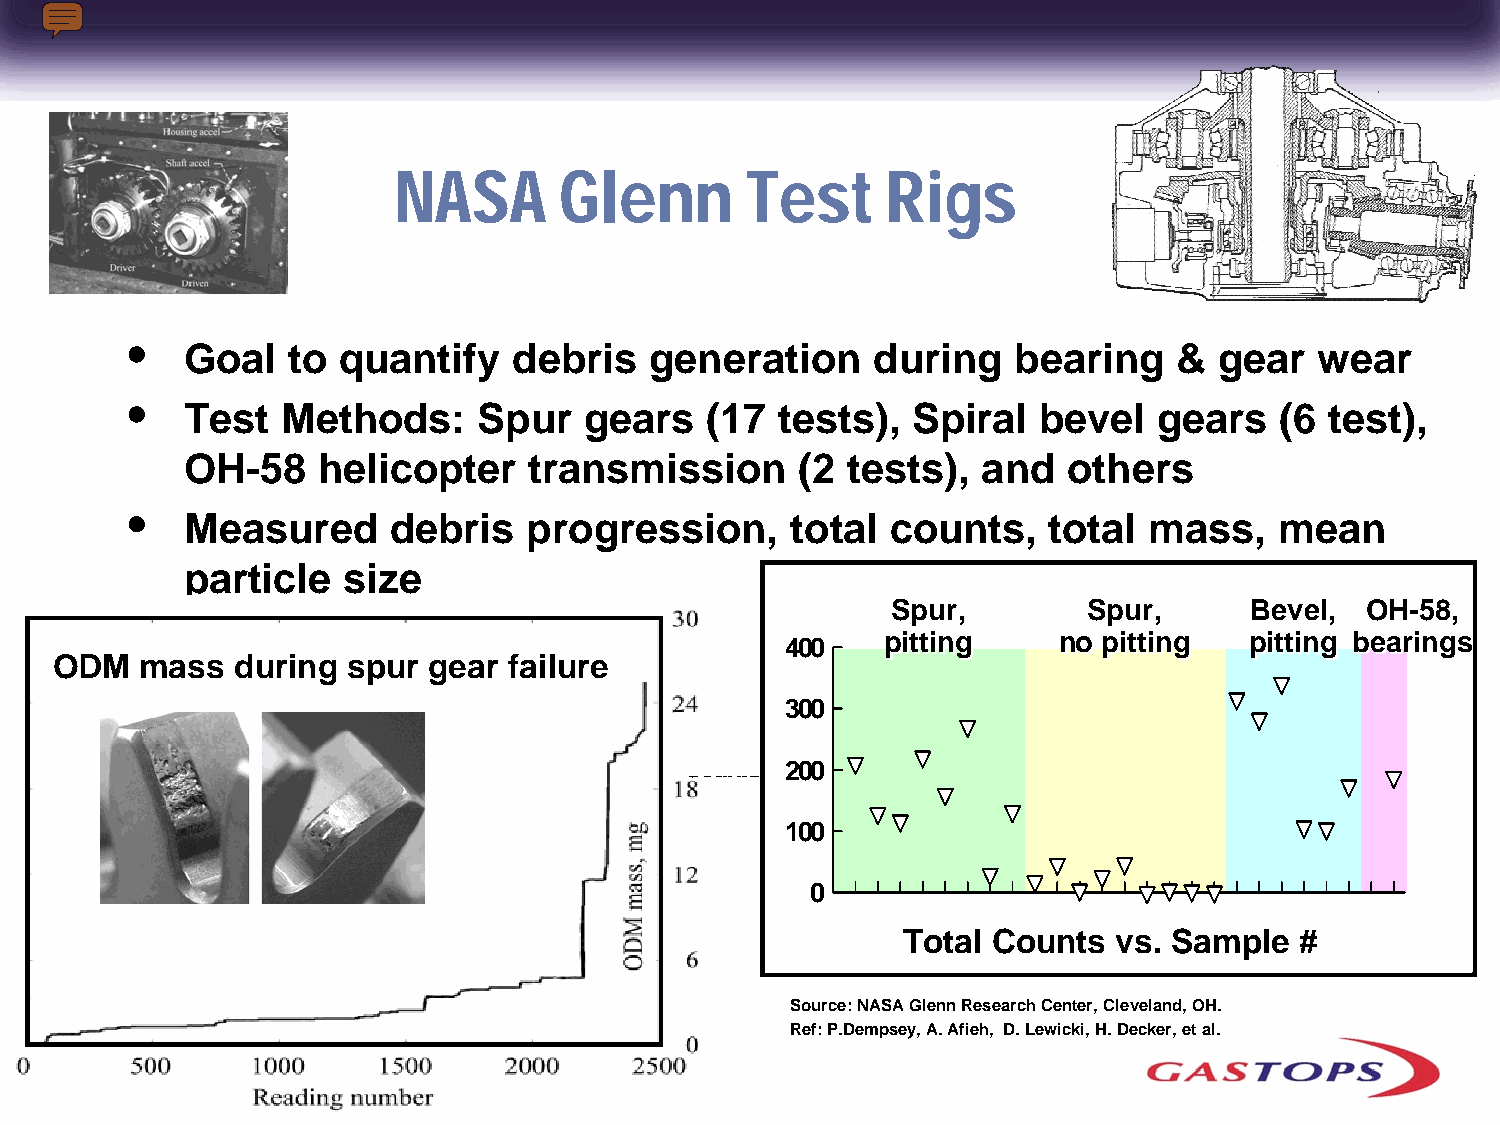
NASA       Glenn       Test      Rigs
 •
 Goal   to quantify    debris   generation     during   bearing    &  gear  wear
 •
 Test   Methods:     Spur   gears   (17 tests),  Spiral   bevel   gears   (6 test),
 OH-58    helicopter    transmission      (2 tests),  and   others
 •
 Measured      debris   progression,     total  counts,   total  mass,    mean
 particle   size
 SSppuurr,,   SSppuurr,, BBeevveell,, OOHH--5588,,
 400
 ppiittttiinngg nnoo ppiittttiinngg ppiittttiinngg bbeeaarriinnggss
 ODM   mass  during  spur gear  failure
 300
 Counts 200
 100
 0
 Total Counts  vs. Sample  #
 Source: NASA Glenn Research Center, Cleveland, OH.
 Ref: P.Dempsey, A. Afieh, D. Lewicki, H. Decker, et al.